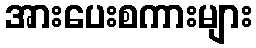
အားပေးစကားများ